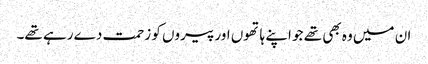
ان میں وہ بھی تھے جو اپنے ہاتھوں اور پیروں کو زحمت دے رہے تھے۔